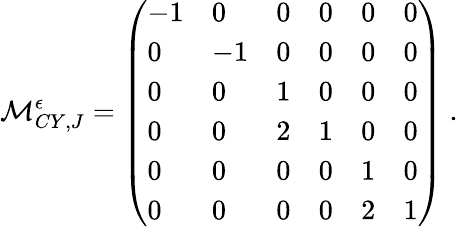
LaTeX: {\cal M}_{CY,J}^{\epsilon}=\left(\begin{array}{llllll}{{-1}}&{{0}}&{{0}}&{{0}}&{{0}}&{{0}}\\ {{0}}&{{-1}}&{{0}}&{{0}}&{{0}}&{{0}}\\ {{0}}&{{0}}&{{1}}&{{0}}&{{0}}&{{0}}\\ {{0}}&{{0}}&{{2}}&{{1}}&{{0}}&{{0}}\\ {{0}}&{{0}}&{{0}}&{{0}}&{{1}}&{{0}}\\ {{0}}&{{0}}&{{0}}&{{0}}&{{2}}&{{1}}\end{array}\right)\ .